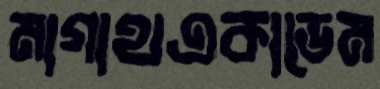
মাগাথএকাডেম